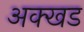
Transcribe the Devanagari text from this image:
अक्खड